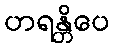
ဟရန္တိပေ